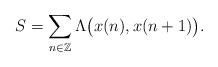
LaTeX: \begin{align*}S=\sum_{n\in \mathbb Z} \Lambda\big(x(n),x(n+1)\big).\end{align*}